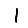
Digit: 1